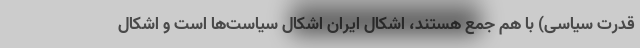
قدرت سیاسی) با هم جمع هستند، اشکال ایران اشکال سیاست‌ها است و اشکال